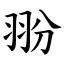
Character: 翂